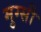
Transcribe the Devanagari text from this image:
मुग्सी